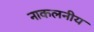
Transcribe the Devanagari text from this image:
नाकलनीय